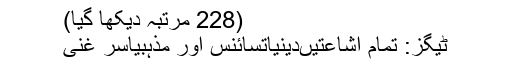
(228 مرتبہ دیکھا گیا)
ٹیگز: تمام اشاعتیںدینیاتسائنس اور مذہبیاسر غنی